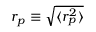
r _ { p } \equiv \sqrt { \langle r _ { p } ^ { 2 } \rangle }